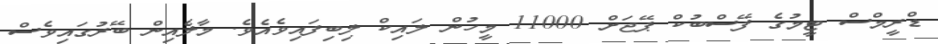
ޑްރީމްސް ޓީމުގެ ފޭސްބުކް ޕޭޖަށް 11000 މީހުން ލައިކް ލިބިފައިވެއެެެވެ. މާލެއިން ބޭރުގައިވެސް